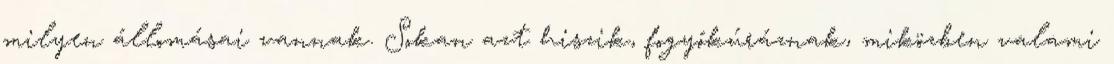
milyen állomásai vannak. Sokan azt hiszik, fogyókúráznak, miközben valami